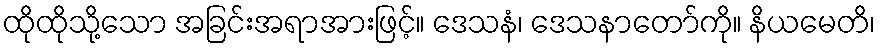
ထိုထိုသို့သော အခြင်းအရာအားဖြင့်။ ဒေသနံ၊ ဒေသနာတော်ကို။ နိယမေတိ၊